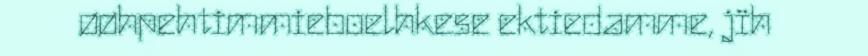
øøhpehtimmieboelhkese ektiedamme, jïh